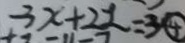
- 3 x + 2 2 = 3 \textcircled { 4 }